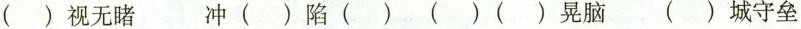
( )视无睹 冲 ()陷( ) ( )( )晃脑 ( )城守垒